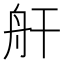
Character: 𮶗